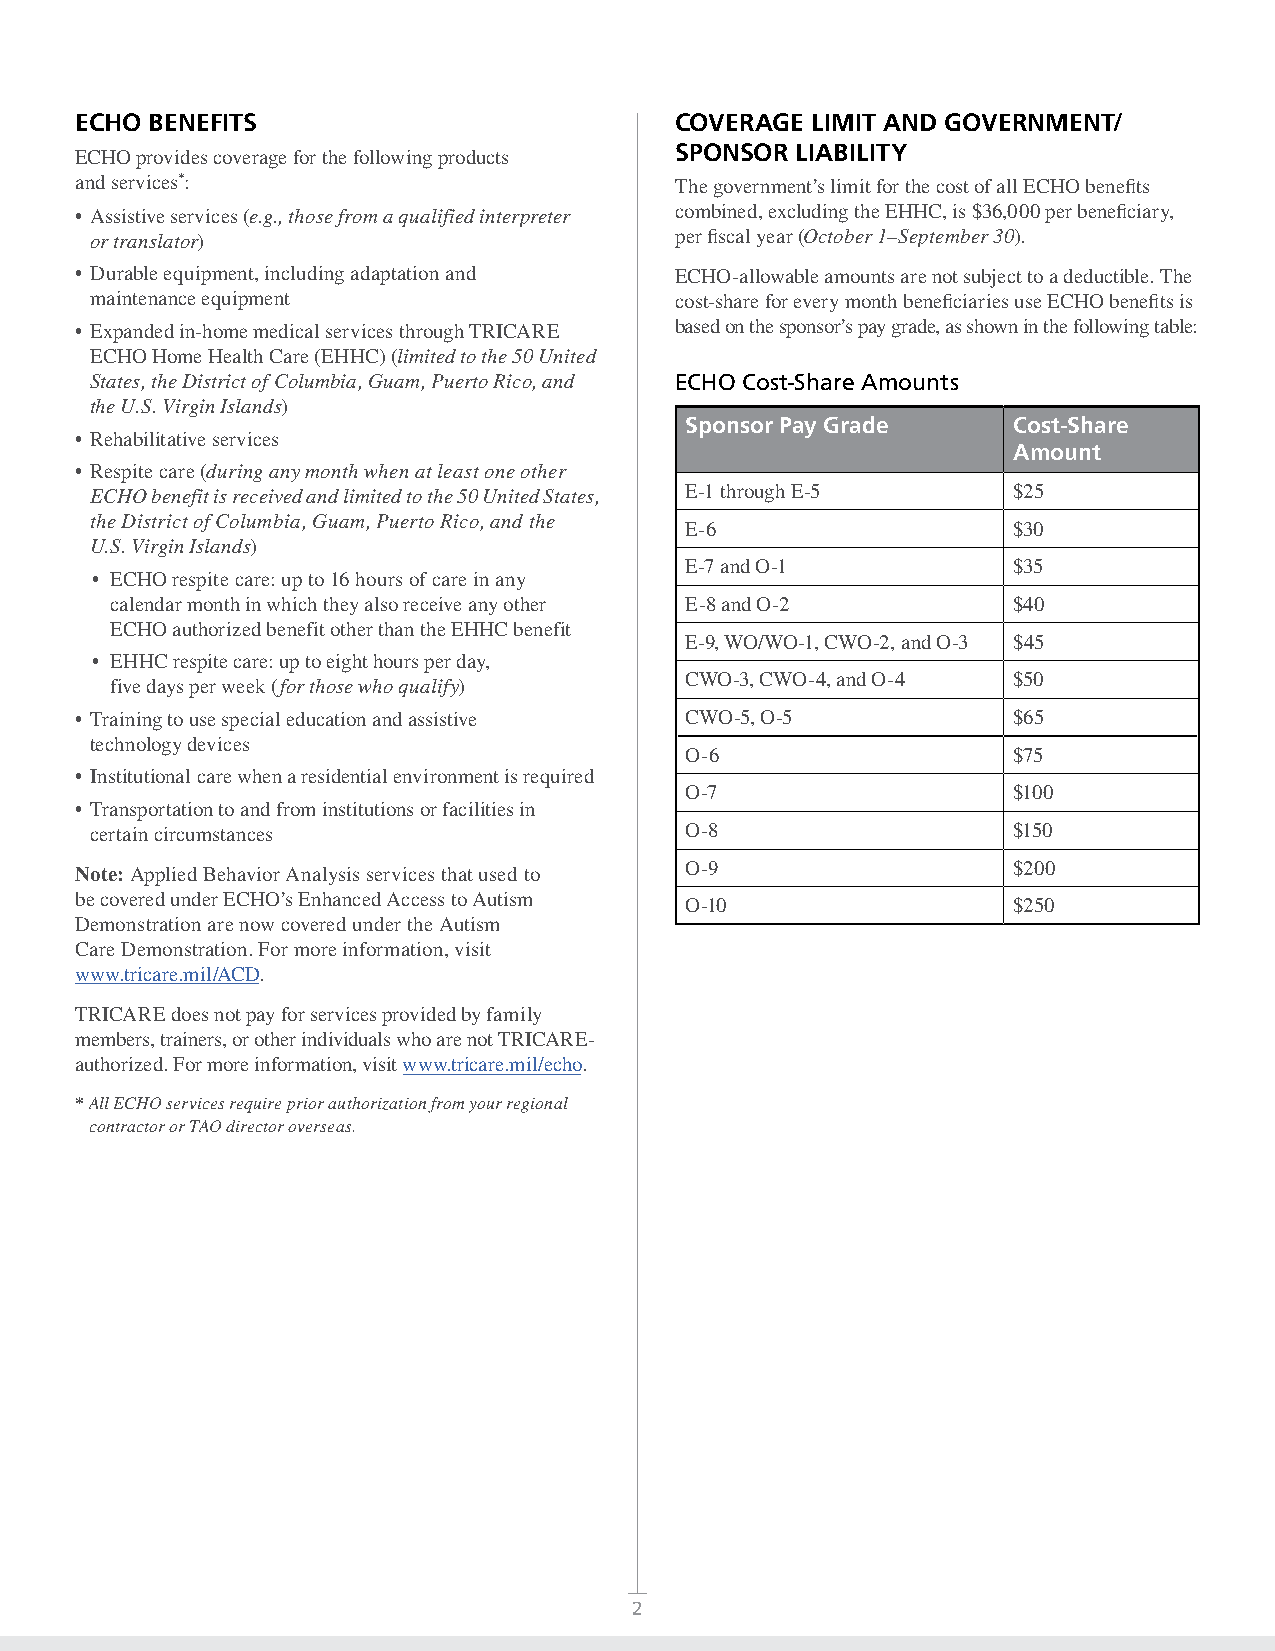
ECHO BENEFITS                           COVERAGE LIMIT AND GOVERNMENT/
 ECHO provides coverage for the following products SPONSOR LIABILITY
 and services*:                          The government’s limit for the cost of all ECHO benefits
 • Assistive services (e.g., those from a qualified interpreter combined, excluding the EHHC, is $36,000 per beneficiary,
 or translator)                         per fiscal year (October 1–September 30).
 • Durable equipment, including adaptation and ECHO-allowable amounts are not subject to a deductible. The
 maintenance equipment                  cost-share for every month beneficiaries use ECHO benefits is
 • Expanded in-home medical services through TRICARE based on the sponsor’s pay grade, as shown in the following table:
 ECHO Home Health Care (EHHC) (limited to the 50 United
 States, the District of Columbia, Guam, Puerto Rico, and ECHO Cost-Share Amounts
 the U.S. Virgin Islands)
 Sponsor Pay Grade     Cost-Share
 • Rehabilitative services
 Amount
 • Respite care (during any month when at least one other
 ECHO benefit is received and limited to the 50 United States, E-1 through E-5 $25
 the District of Columbia, Guam, Puerto Rico, and the
 E-6                   $30
 U.S. Virgin Islands)
 E-7 and O-1           $35
 • ECHO respite care: up to 16 hours of care in any
 calendar month in which they also receive any other E-8 and O-2 $40
 ECHO authorized benefit other than the EHHC benefit
 E-9, WO/WO-1, CWO-2, and O-3 $45
 • EHHC respite care: up to eight hours per day,
 CWO-3, CWO-4, and O-4 $50
 five days per week (for those who qualify)
 • Training to use special education and assistive CWO-5, O-5  $65
 technology devices
 O-6                   $75
 • Institutional care when a residential environment is required
 O-7                   $100
 • Transportation to and from institutions or facilities in
 certain circumstances                  O-8                   $150
 Note: Applied Behavior Analysis services that used to O-9     $200
 be covered under ECHO’s Enhanced Access to Autism
 O-10                  $250
 Demonstration are now covered under the Autism
 Care Demonstration. For more information, visit
 www.tricare.mil/ACD.
 TRICARE does not pay for services provided by family
 members, trainers, or other individuals who are not TRICARE-
 authorized. For more information, visit www.tricare.mil/echo.
 * All ECHO services require prior authorization from your regional
 contractor or TAO director overseas.
 2